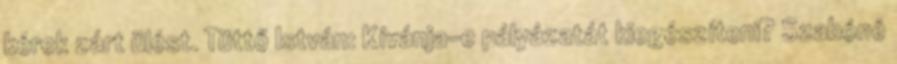
kérek zárt ülést. Tüttő István: Kívánja-e pályázatát kiegészíteni? Szabóné